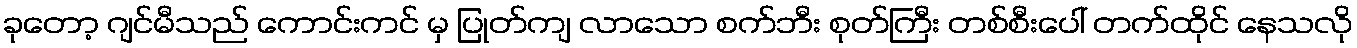
ခုတော့ ဂျင်မီသည် ကောင်းကင် မှ ပြုတ်ကျ လာသော စက်ဘီး စုတ်ကြီး တစ်စီးပေါ် တက်ထိုင် နေသလို